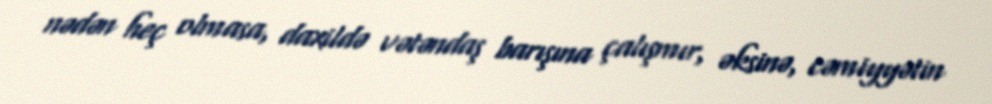
nədən heç olmasa, daxildə vətəndaş barışına çalışmır, əksinə, cəmiyyətin